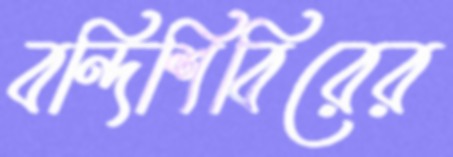
বন্দিশিবিরের